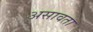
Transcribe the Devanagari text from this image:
असावता